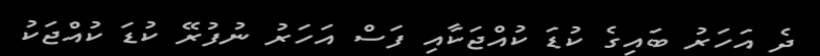
ދެ އަަހަރު ބައިގެ ކުޑަ ކުއްޖަކާއި ފަސް އަހަރު ނުފުރޭ ކުޑަ ކުއްޖަކު